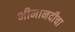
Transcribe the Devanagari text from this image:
भीमानदीचा